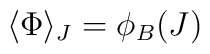
\langle \Phi \rangle _J = \phi_B(J)